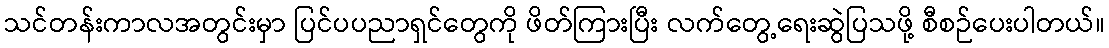
သင်တန်းကာလအတွင်းမှာ ပြင်ပပညာရှင်တွေကို ဖိတ်ကြားပြီး လက်တွေ့ရေးဆွဲပြသဖို့ စီစဉ်ပေးပါတယ်။